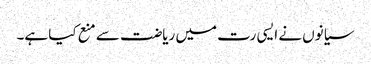
سیانوں نے ایسی رت میں ریاضت سے منع کیا ہے۔